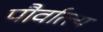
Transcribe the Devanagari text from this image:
पौर्वात्त्य